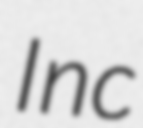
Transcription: Inc